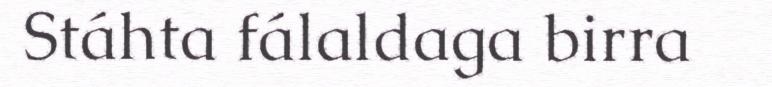
Stáhta fálaldaga birra